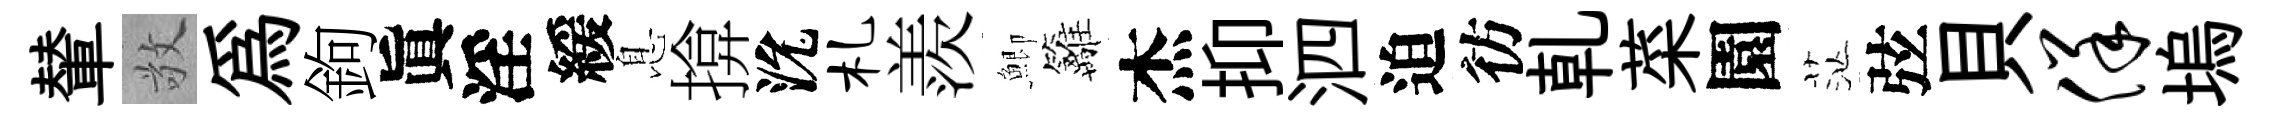
輦敬為鉤眞淫緩息揜沇札羨鯽籬杰抑泗迫彷乹菜園茫弦貝佯塢